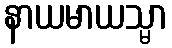
နာယမာယသ္မာ